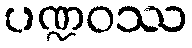
ပဏ္ဍဝဿ